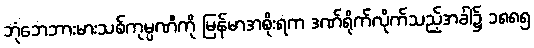
ဘုံဘေဘားမားသစ်ကုမ္ပဏီကို မြန်မာအစိုးရက ဒဏ်ရိုက်လိုက်သည့်အခါ၌ ၁၈၈၅